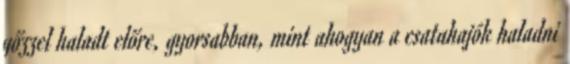
gőzzel haladt előre, gyorsabban, mint ahogyan a csatahajók haladni